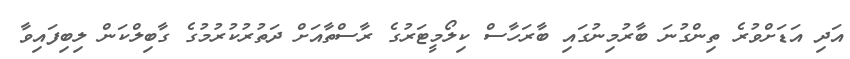
އަދި އަޑަށްވުރެ ތިންގުނަ ބާރުމިނުގައި ބާރަހާސް ކިލޯމީޓަރުގެ ރާސްތާއަށް ދަތުރުކުރުމުގެ ގާބިލްކަން ލިބިފައިވާ